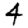
Digit: 4